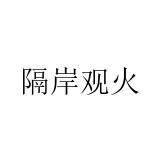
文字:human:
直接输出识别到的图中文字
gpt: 隔岸观火